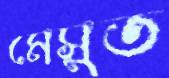
মেসুত